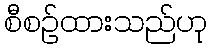
စီစဉ်ထားသည်ဟု